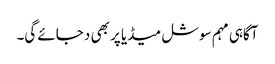
آگاہی مہم سوشل میڈیا پر بھی د جائے گی۔